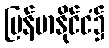
မြန်မာနိုင်ငံ၌